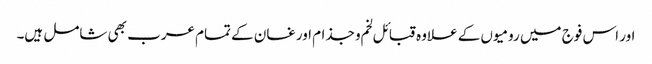
اور اس فوج میں رومیوں کے علاوہ قبائل لخم و جذام اور غسان کے تمام عرب بھی شامل ہیں۔